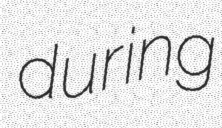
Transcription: during